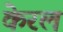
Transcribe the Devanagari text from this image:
केरलं